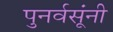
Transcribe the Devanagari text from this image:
पुनर्वसूंनी